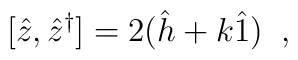
[\hat{z},\hat{z}^{\dag}]=2(\hat{h}+k\hat{1})\;\; ,